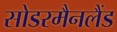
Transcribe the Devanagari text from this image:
सोडरमैनलैंड